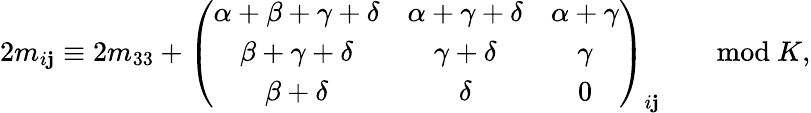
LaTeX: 2m_{i\mathbf{j}}\equiv2m_{33}+\left(\begin{array}{ccc}{{\alpha+\beta+\gamma+\delta}}&{{\alpha+\gamma+\delta}}&{{\alpha+\gamma}}\\ {{\beta+\gamma+\delta}}&{{\gamma+\delta}}&{{\gamma}}\\ {{\beta+\delta}}&{{\delta}}&{{0}}\end{array}\right)_{i\mathbf{j}}\qquad\mathrm{{mod}}\ K,